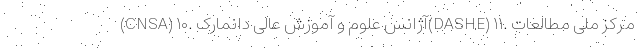
(CNSA) ۱۰. آژانس علوم و آموزش عالی دانمارک(DASHE) ۱۱. مرکز ملی مطالعات